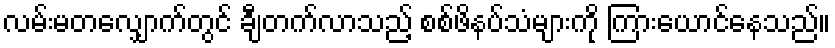
လမ်းမတလျှောက်တွင် ချီတက်လာသည့် စစ်ဖိနပ်သံများကို ကြားယောင်နေသည်။